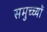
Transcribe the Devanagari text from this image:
समुच्च्यों